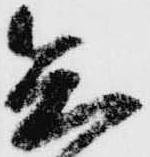
知